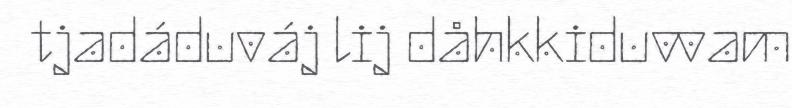
tjadáduváj lij dåhkkiduvvam